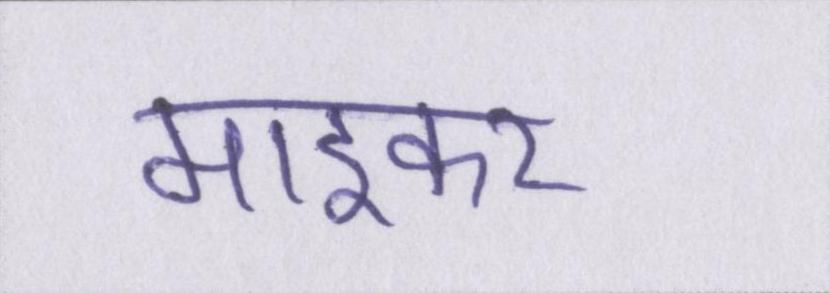
माइकर